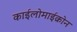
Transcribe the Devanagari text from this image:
काईलोमाईक्रोन